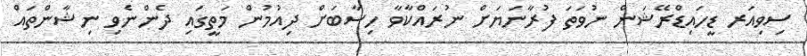
ސިވިއަރ ޑީހައިޑްރޭޝަން ނުވަތަ ފުރާނަޔަށް ނުރައްކާވާ ހިސާބަށް ދިއުމުން މަތީގައި ދެންނެވި ނިޝާންތައް